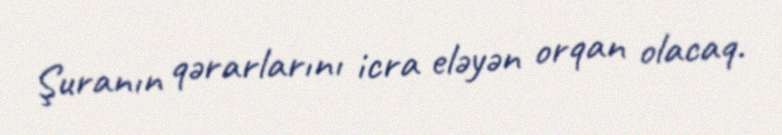
Şuranın qərarlarını icra eləyən orqan olacaq.